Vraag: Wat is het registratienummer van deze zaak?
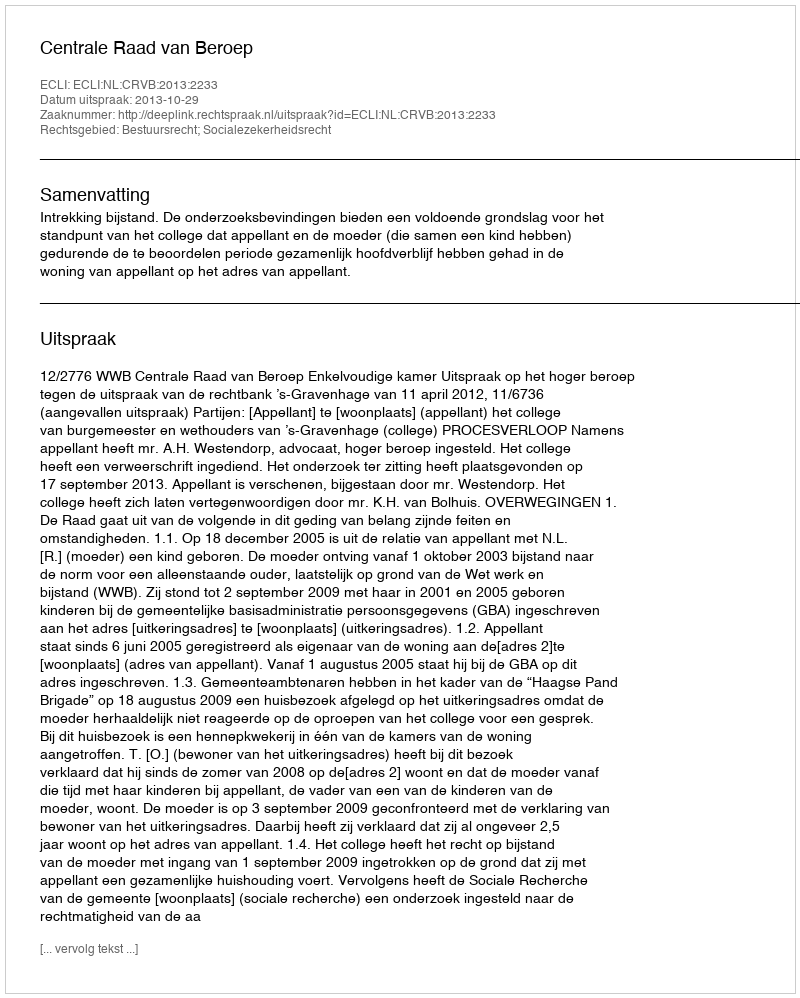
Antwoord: http://deeplink.rechtspraak.nl/uitspraak?id=ECLI:NL:CRVB:2013:2233